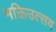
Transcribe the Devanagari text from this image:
भक्तिउत्सव